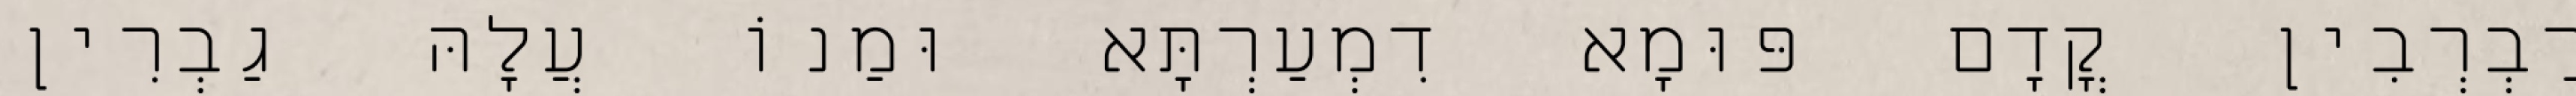
רַבְרְבִין קֳדָם פּוּמָא דִמְעַרְתָּא וּמַנוֹ עֲלָהּ גַבְרִין